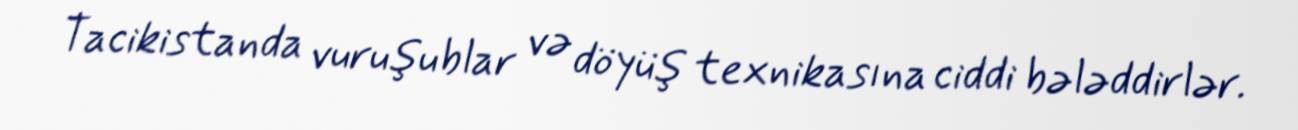
Tacikistanda vuruşublar və döyüş texnikasına ciddi bələddirlər.